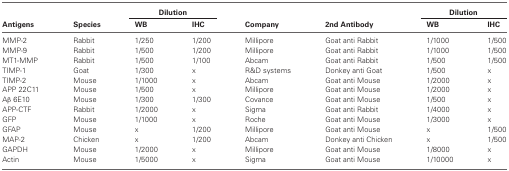
<table><thead><tr><td></td><td></td><td colspan="2"><b>Dilution</b></td><td></td><td></td><td colspan="2"><b>Dilution</b></td></tr><tr><td><b>Antigens</b></td><td><b>Species</b></td><td><b>WB</b></td><td><b>IHC</b></td><td><b>Company</b></td><td><b>2nd Antibody</b></td><td><b>WB</b></td><td><b>IHC</b></td></tr></thead><tbody><tr><td>MMP-2</td><td>Rabbit</td><td>1/250</td><td>1/200</td><td>Millipore</td><td>Goat anti Rabbit</td><td>1/1000</td><td>1/500</td></tr><tr><td>MMP-9</td><td>Rabbit</td><td>1/500</td><td>1/200</td><td>Millipore</td><td>Goat anti Rabbit</td><td>1/1000</td><td>1/500</td></tr><tr><td>MT1-MMP</td><td>Rabbit</td><td>1/500</td><td>1/100</td><td>Abcam</td><td>Goat anti Rabbit</td><td>1/500</td><td>1/500</td></tr><tr><td>TIMP-1</td><td>Goat</td><td>1/300</td><td>x</td><td>R8D systems</td><td>Donkey anti Goat</td><td>1/500</td><td>x</td></tr><tr><td>TIMP-2</td><td>Mouse</td><td>1/1000</td><td>x</td><td>Abcam</td><td>Goat anti Mouse</td><td>1/2000</td><td>x</td></tr><tr><td>APP 22C11</td><td>Mouse</td><td>1/500</td><td>x</td><td>Millipore</td><td>Goat anti Mouse</td><td>1/2000</td><td>x</td></tr><tr><td>Aβ 6E10</td><td>Mouse</td><td>1/300</td><td>1/300</td><td>Covance</td><td>Goat anti Mouse</td><td>1/500</td><td>x</td></tr><tr><td>APP-CTF</td><td>Rabbit</td><td>1/2000</td><td>x</td><td>Sigma</td><td>Goat anti Rabbit</td><td>1/4000</td><td>x</td></tr><tr><td>GFP</td><td>Mouse</td><td>1/1000</td><td>x</td><td>Roche</td><td>Goat anti Mouse</td><td>1/3000</td><td>x</td></tr><tr><td>GFAP</td><td>Mouse</td><td>x</td><td>1/200</td><td>Millipore</td><td>Goat anti Mouse</td><td>x</td><td>1/500</td></tr><tr><td>MAP-2</td><td>Chicken</td><td>x</td><td>1/200</td><td>Abcam</td><td>Donkey anti Chicken</td><td>x</td><td>1/500</td></tr><tr><td>GAPDH</td><td>Mouse</td><td>1/2000</td><td>x</td><td>Millipore</td><td>Goat anti Mouse</td><td>1/8000</td><td>x</td></tr><tr><td>Actin</td><td>Mouse</td><td>1/5000</td><td>x</td><td>Sigma</td><td>Goat anti Mouse</td><td>1/10000</td><td>x</td></tr></tbody></table>